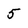
Character: 5